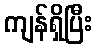
ကျန်ရှိပြီး